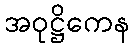
အဝုဋ္ဌိကေန